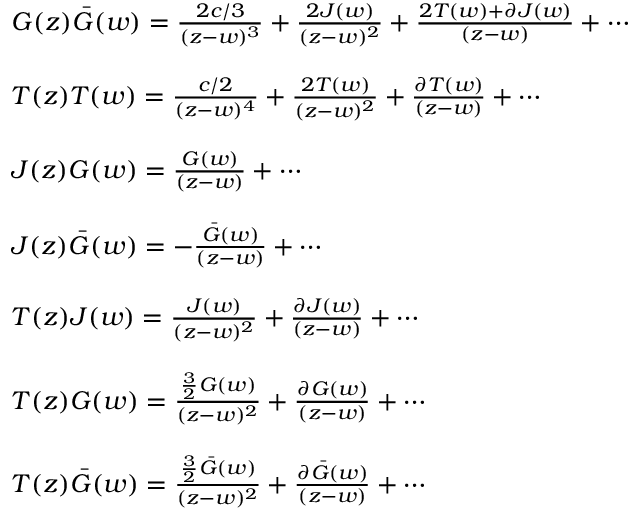
\begin{array} { l } { { G ( z ) \bar { G } ( w ) = \frac { 2 c / 3 } { ( z - w ) ^ { 3 } } + \frac { 2 J ( w ) } { ( z - w ) ^ { 2 } } + \frac { 2 T ( w ) + \partial J ( w ) } { ( z - w ) } + \cdots } } \\ { { \ } } \\ { { T ( z ) T ( w ) = \frac { c / 2 } { ( z - w ) ^ { 4 } } + \frac { 2 T ( w ) } { ( z - w ) ^ { 2 } } + \frac { \partial T ( w ) } { ( z - w ) } + \cdots } } \\ { { \ } } \\ { { J ( z ) G ( w ) = \frac { G ( w ) } { ( z - w ) } + \cdots } } \\ { { \ } } \\ { { J ( z ) \bar { G } ( w ) = - \frac { \bar { G } ( w ) } { ( z - w ) } + \cdots } } \\ { { \ } } \\ { { T ( z ) J ( w ) = \frac { J ( w ) } { ( z - w ) ^ { 2 } } + \frac { \partial J ( w ) } { ( z - w ) } + \cdots } } \\ { { \ } } \\ { { T ( z ) G ( w ) = \frac { \frac { 3 } { 2 } G ( w ) } { ( z - w ) ^ { 2 } } + \frac { \partial G ( w ) } { ( z - w ) } + \cdots } } \\ { { \ } } \\ { { T ( z ) \bar { G } ( w ) = \frac { \frac { 3 } { 2 } \bar { G } ( w ) } { ( z - w ) ^ { 2 } } + \frac { \partial \bar { G } ( w ) } { ( z - w ) } + \cdots } } \end{array}